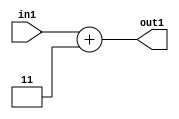
`timescale 1ps / 1ps
/*****************************************************************************
    Verilog RTL Description
    
    
    Created by: Stratus DpOpt 2019.1.01 
*******************************************************************************/

module DC_Filter_Add2i3u2_1 (
	in1,
	out1
	); /* architecture "behavioural" */ 
input [1:0] in1;
output [2:0] out1;
wire [2:0] asc001;

assign asc001 = 
	+(in1)
	+(3'B011);

assign out1 = asc001;
endmodule

/* CADENCE  urfzSgg= : u9/ySgnWtBlWxVPRXgAZ4Og= ** DO NOT EDIT THIS LINE ******/